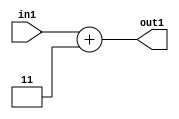
`timescale 1ps / 1ps
/*****************************************************************************
    Verilog RTL Description
    
    
    Created by: Stratus DpOpt 2019.1.01 
*******************************************************************************/

module DC_Filter_Add2i3u2_1 (
	in1,
	out1
	); /* architecture "behavioural" */ 
input [1:0] in1;
output [2:0] out1;
wire [2:0] asc001;

assign asc001 = 
	+(in1)
	+(3'B011);

assign out1 = asc001;
endmodule

/* CADENCE  urfzSgg= : u9/ySgnWtBlWxVPRXgAZ4Og= ** DO NOT EDIT THIS LINE ******/